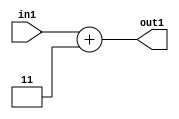
`timescale 1ps / 1ps
/*****************************************************************************
    Verilog RTL Description
    
    
    Created by: Stratus DpOpt 2019.1.01 
*******************************************************************************/

module DC_Filter_Add2i3u2_1 (
	in1,
	out1
	); /* architecture "behavioural" */ 
input [1:0] in1;
output [2:0] out1;
wire [2:0] asc001;

assign asc001 = 
	+(in1)
	+(3'B011);

assign out1 = asc001;
endmodule

/* CADENCE  urfzSgg= : u9/ySgnWtBlWxVPRXgAZ4Og= ** DO NOT EDIT THIS LINE ******/